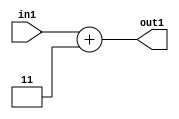
`timescale 1ps / 1ps
/*****************************************************************************
    Verilog RTL Description
    
    
    Created by: Stratus DpOpt 2019.1.01 
*******************************************************************************/

module DC_Filter_Add2i3u2_1 (
	in1,
	out1
	); /* architecture "behavioural" */ 
input [1:0] in1;
output [2:0] out1;
wire [2:0] asc001;

assign asc001 = 
	+(in1)
	+(3'B011);

assign out1 = asc001;
endmodule

/* CADENCE  urfzSgg= : u9/ySgnWtBlWxVPRXgAZ4Og= ** DO NOT EDIT THIS LINE ******/